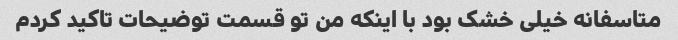
متاسفانه خیلی خشک بود با اینکه من تو قسمت توضیحات تاکید کردم